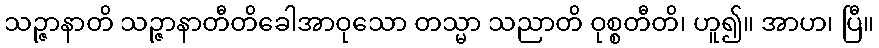
သဉ္ဇာနာတိ သဉ္ဇာနာတီတိခေါအာဝုသော တသ္မာ သညာတိ ဝုစ္စတီတိ၊ ဟူ၍။ အာဟ၊ ပြီ။